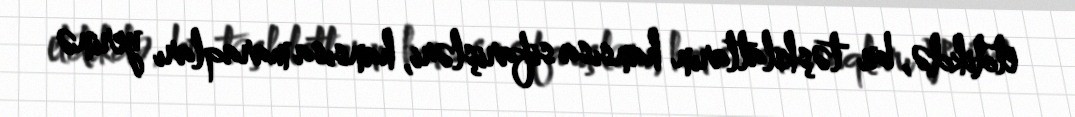
etdikdə, bu təşkilatların hansısa sifarişləri, hansısa maraqları yerinə